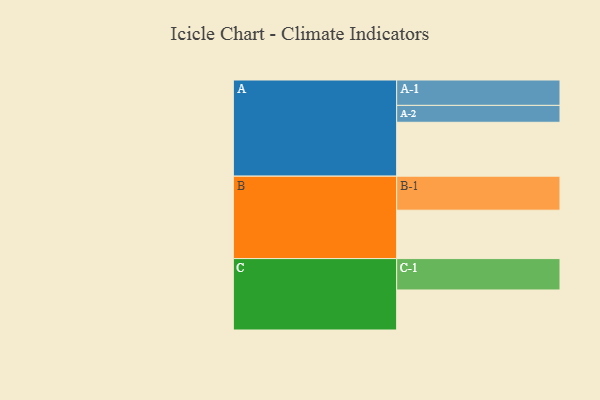
{"axis": {"x": "Segment", "y": "Value"}, "legend": ["", "A", "B", "C"], "data": [{"x": "A", "y": 431, "type": ""}, {"x": "B", "y": 387, "type": ""}, {"x": "C", "y": 320, "type": ""}, {"x": "A-1", "y": 203, "type": "A"}, {"x": "A-2", "y": 135, "type": "A"}, {"x": "B-1", "y": 272, "type": "B"}, {"x": "C-1", "y": 251, "type": "C"}]}